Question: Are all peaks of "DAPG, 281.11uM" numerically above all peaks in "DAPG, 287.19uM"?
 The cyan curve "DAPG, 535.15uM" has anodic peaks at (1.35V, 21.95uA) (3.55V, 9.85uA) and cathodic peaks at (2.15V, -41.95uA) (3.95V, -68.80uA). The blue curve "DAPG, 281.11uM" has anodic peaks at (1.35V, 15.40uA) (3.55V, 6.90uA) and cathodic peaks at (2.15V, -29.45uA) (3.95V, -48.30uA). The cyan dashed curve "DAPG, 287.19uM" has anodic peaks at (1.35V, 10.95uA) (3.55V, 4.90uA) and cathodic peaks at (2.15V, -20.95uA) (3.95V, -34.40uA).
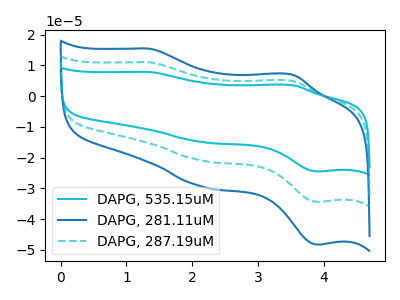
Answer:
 <answer>Every peak in "DAPG, 281.11uM" is higher than every peak in "DAPG, 287.19uM".</answer>
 <eval>higher</eval>